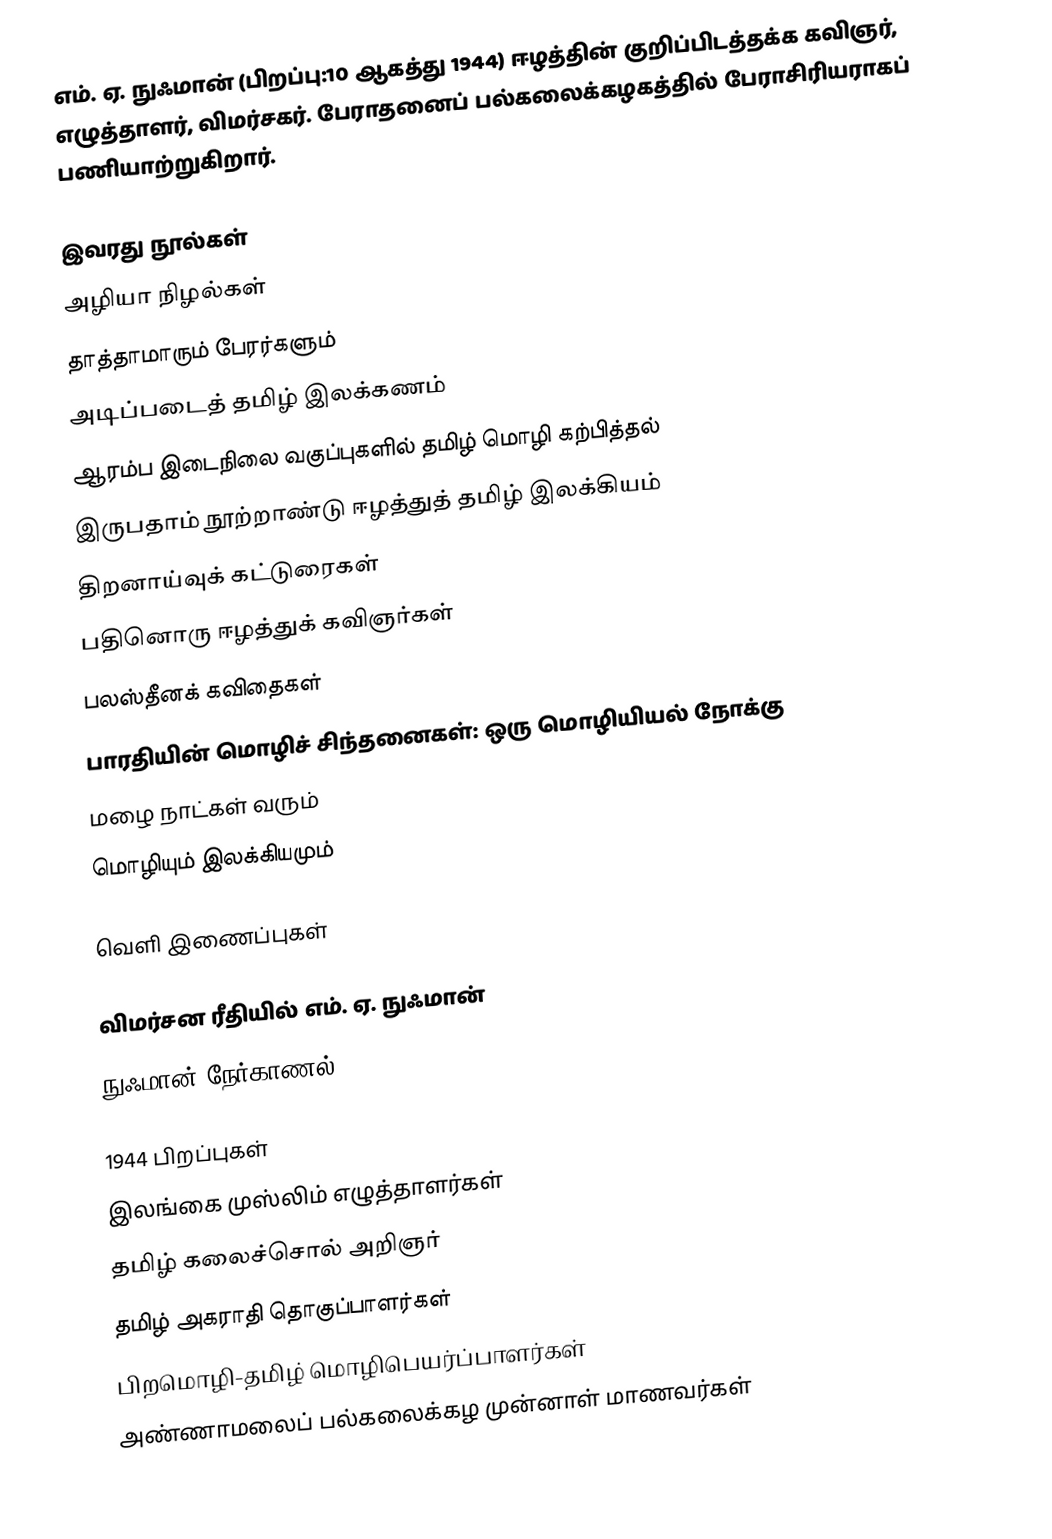
எம். ஏ. நுஃமான் (பிறப்பு:10 ஆகத்து 1944) ஈழத்தின் குறிப்பிடத்தக்க கவிஞர், எழுத்தாளர், விமர்சகர். பேராதனைப் பல்கலைக்கழகத்தில் பேராசிரியராகப் பணியாற்றுகிறார்.

இவரது நூல்கள்
 அழியா நிழல்கள்
 தாத்தாமாரும் பேரர்களும்
 அடிப்படைத் தமிழ் இலக்கணம்
 ஆரம்ப இடைநிலை வகுப்புகளில் தமிழ் மொழி கற்பித்தல்
 இருபதாம் நூற்றாண்டு ஈழத்துத் தமிழ் இலக்கியம்
 திறனாய்வுக் கட்டுரைகள்
 பதினொரு ஈழத்துக் கவிஞர்கள்
 பலஸ்தீனக் கவிதைகள்
 பாரதியின் மொழிச் சிந்தனைகள்: ஒரு மொழியியல் நோக்கு
 மழை நாட்கள் வரும்
 மொழியும் இலக்கியமும்

வெளி இணைப்புகள்

 விமர்சன ரீதியில் எம். ஏ. நுஃமான்
நுஃமான் நேர்காணல்

1944 பிறப்புகள்
இலங்கை முஸ்லிம் எழுத்தாளர்கள்
தமிழ் கலைச்சொல் அறிஞர்
தமிழ் அகராதி தொகுப்பாளர்கள்
பிறமொழி-தமிழ் மொழிபெயர்ப்பாளர்கள்
அண்ணாமலைப் பல்கலைக்கழ முன்னாள் மாணவர்கள்